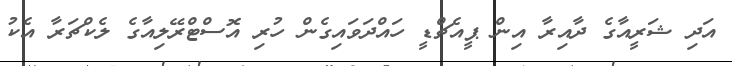
އަދި ޝަރީއާގެ ދާއިރާ އިން ޕީއެޗްޑީ ހައްދަވައިގެން ހުރި އޮސްޓްރޭލިއާގެ ލެކްޗަރާ އެކު